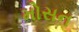
મોસન